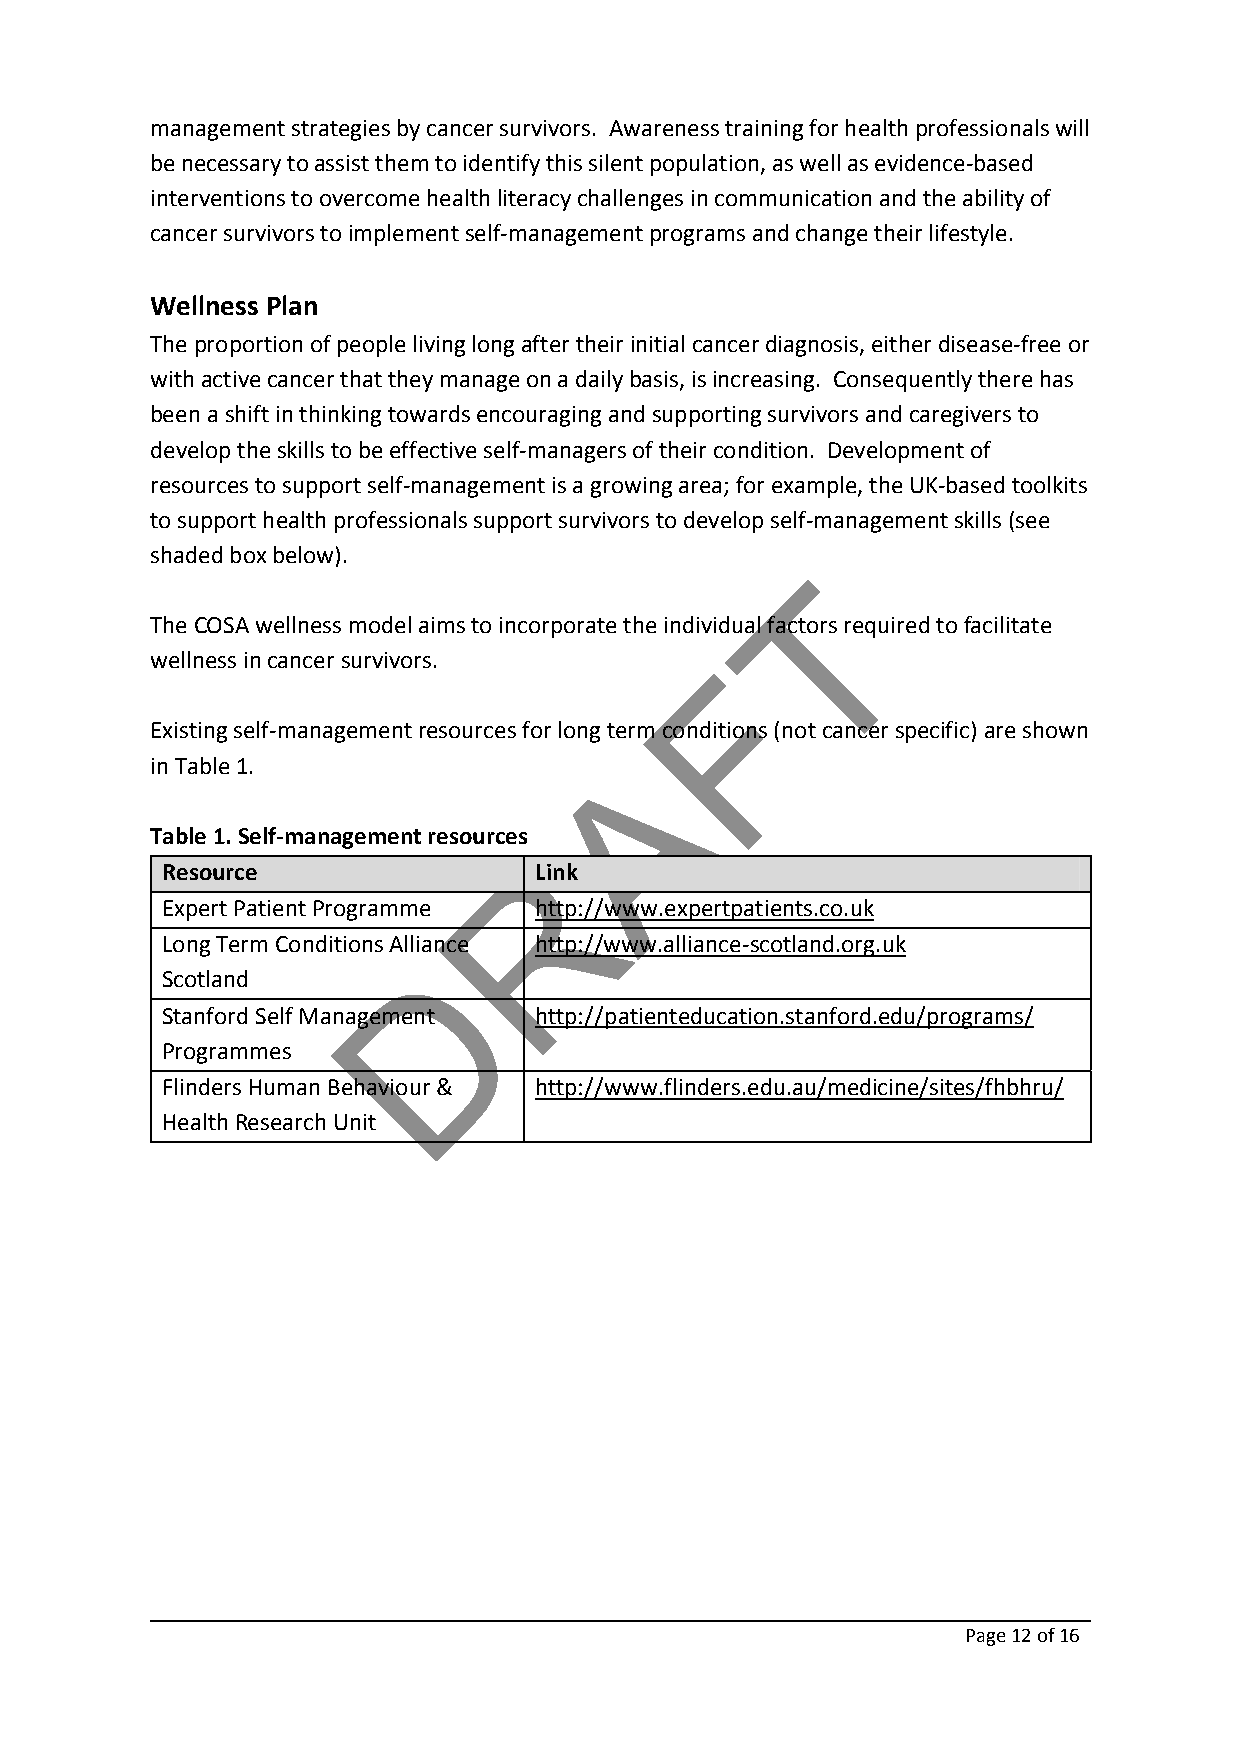
management strategies by cancer survivors. Awareness training for health professionals will
 be necessary to assist them to identify this silent population, as well as evidence‐based
 interventions to overcome health literacy challenges in communication and the ability of
 cancer survivors to implement self‐management programs and change their lifestyle.
 Wellness Plan
 The proportion of people living long after their initial cancer diagnosis, either disease‐free or
 with active cancer that they manage on a daily basis, is increasing. Consequently there has
 been a shift in thinking towards encouraging and supporting survivors and caregivers to
 develop the skills to be effective self‐managers of their condition. Development of
 resources to support self‐management is a growing area; for example, the UK‐based toolkits
 to support health professionals support survivors to develop self‐management skills (see
 shaded box below).
 T
 The COSA wellness model aims to incorporate the individual factors required to facilitate
 wellness in cancer survivors.        F
 Existing self‐management resources for long term conditions (not cancer specific) are shown
 A
 in Table 1.
 Table 1. Self‐management resources
 R
 Resource                Link
 Expert Patient Programme http://www.expertpatients.co.uk
 Long Term Conditions Alliance http://www.alliance‐scotland.org.uk
 D
 Scotland
 Stanford Self Management http://patienteducation.stanford.edu/programs/
 Programmes
 Flinders Human Behaviour & http://www.flinders.edu.au/medicine/sites/fhbhru/
 Health Research Unit
 Page 12of 16